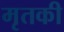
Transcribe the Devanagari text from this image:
मृतकी